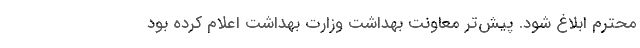
محترم ابلاغ شود. پیش‌تر معاونت بهداشت وزارت بهداشت اعلام کرده بود